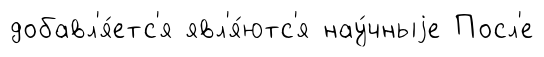
добавл'я́етс'я явл'я́ютс'я нау́чныjе Посл'е